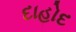
દાહોદ